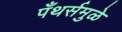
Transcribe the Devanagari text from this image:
पँथर्समुळे